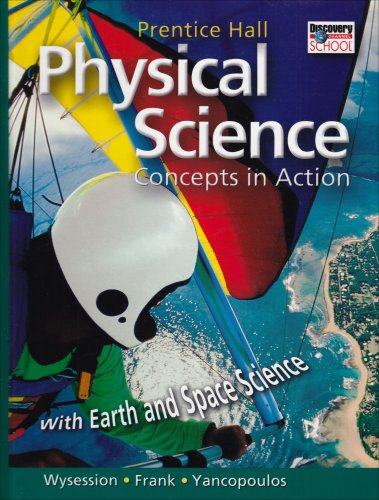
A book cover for Physical Science: Concepts In Action; With Earth and Space Science; Michael Wysession; Science & Math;